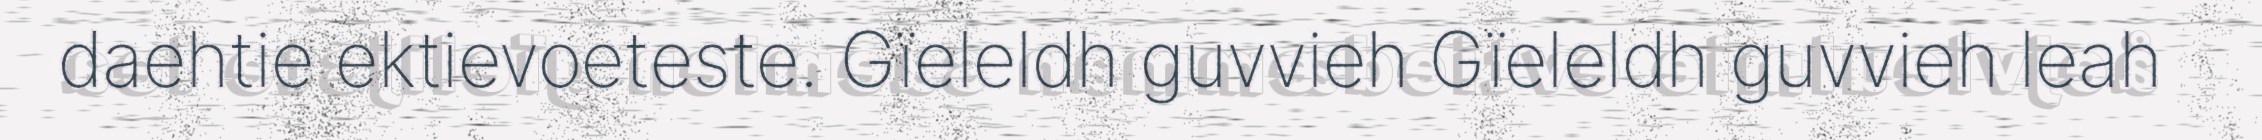
daehtie ektievoeteste. Gïeleldh guvvieh Gïeleldh guvvieh leah